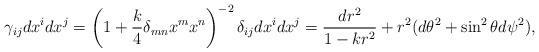
LaTeX: \begin{align*}\gamma_{ij}dx^idx^j=\left(1+{k\over 4}\delta_{mn}x^mx^n\right)^{-2}\delta_{ij}dx^idx^j={{dr^2}\over{1-kr^2}}+r^2(d\theta^2+\sin^2\theta d\psi^2),\end{align*}